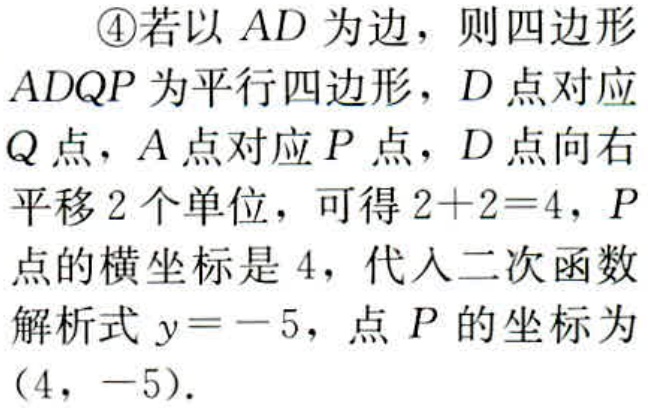
\textcircled{4}若以 \(AD\) 为边，则四边形 \(ADQP\) 为平行四边形，\(D\) 点对应 \(Q\) 点，\(A\) 点对应 \(P\) 点，\(D\) 点向右平移 \(2\) 个单位，可得 \(2 + 2 = 4\)，\(P\) 点的横坐标是 \(4\)，代入二次函数解析式 \(y = - 5\)，点 \(P\) 的坐标为 \((4,-5)\)．